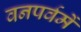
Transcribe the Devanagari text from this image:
वनपर्वमें